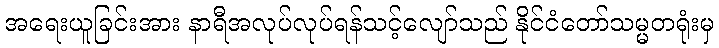
အရေးယူခြင်းအား နာရီအလုပ်လုပ်ရန်သင့်လျော်သည် နိုင်ငံတော်သမ္မတရုံးမှ